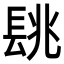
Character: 𨱵